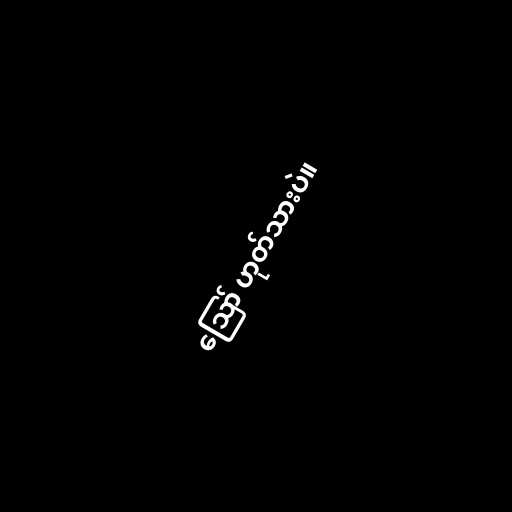
ဪ ဟုတ်သားပဲ။